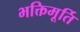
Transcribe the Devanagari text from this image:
भक्तिमूर्ति